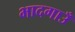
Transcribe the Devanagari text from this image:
भादगाउँ